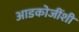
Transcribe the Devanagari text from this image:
आडकोजींशी